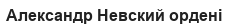
Александр Невский ордені